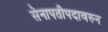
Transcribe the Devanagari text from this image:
सेनापतीपदावरुन